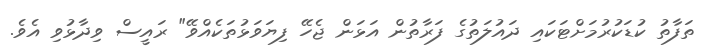
ތަފާތު ކުޑަކުރުމަށްޓަކައި ދައުލަތުގެ ފަރާތުން އަޅަން ޖެހޭ ފިޔަވަޅުތަކެއްވޭ" ރައީސް ވިދާޅުވި އެވެ.